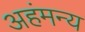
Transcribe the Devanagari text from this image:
अहंमन्य